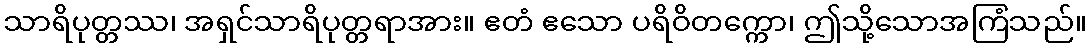
သာရိပုတ္တဿ၊ အရှင်သာရိပုတ္တရာအား။ ဧတံ ဧသော ပရိဝိတက္ကော၊ ဤသို့သောအကြံသည်။